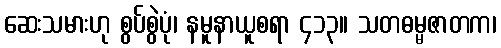
ဆေးသမားဟု စွပ်စွဲပုံ၊ နမူနာယူစရာ ၄၁၃။ သတဓမ္မဇာတက၊